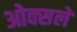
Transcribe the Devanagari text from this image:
ओक्सले